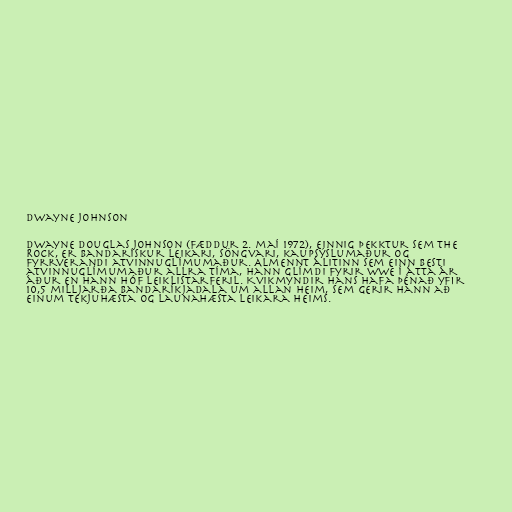
Dwayne Johnson

Dwayne Douglas Johnson (fæddur 2. maí 1972), einnig þekktur sem The
Rock, er bandarískur leikari, söngvari, kaupsýslumaður og
fyrrverandi atvinnuglímumaður. Almennt álitinn sem einn besti
atvinnuglímumaður allra tíma, hann glímdi fyrir WWE í átta ár
áður en hann hóf leiklistarferil. Kvikmyndir hans hafa þénað yfir
10,5 milljarða bandaríkjadala um allan heim, sem gerir hann að
einum tekjuhæsta og launahæsta leikara heims.